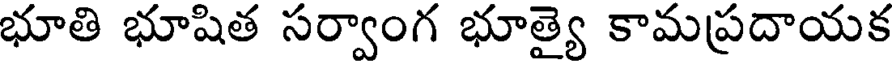
భూతి భూషిత సర్వాంగ భూత్యై కామప్రదాయక